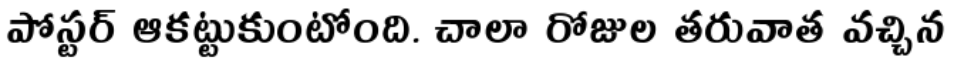
పోస్టర్ ఆకట్టుకుంటోంది. చాలా రోజుల తరువాత వచ్చిన